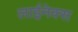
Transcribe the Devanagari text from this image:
लाईनेक्स